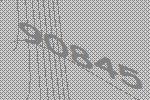
90845